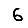
Digit: 6